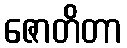
ဇောတိတာ